Problem: 3 × 9 = ?
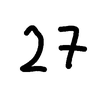
Handwritten answer: 27